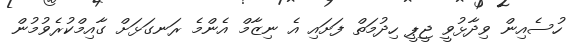
ހުސެއިން ވިދާޅުވީ ޖީޕީ ހިދުމަތް ފަށައި އެ ނިޒާމް އެންމެ ރަނގަޅަށް ގާއިމްކުރެވުމުން